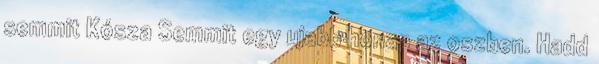
semmit Kósza Semmit egy ujabb honap az oszben. Hadd